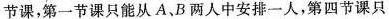
节课，第一节课只能从A、B两人中安排一人，第四节课只